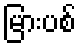
မြားပစ်